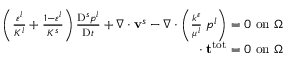
\begin{array} { r } { \left( \frac { \varepsilon ^ { l } } { K ^ { l } } + \frac { 1 - \varepsilon ^ { l } } { K ^ { s } } \right) \frac { \mathrm { D } ^ { s } p ^ { l } } { \mathrm { D } t } + \nabla \cdot \mathbf { v } ^ { s } - \nabla \cdot \left( \frac { k ^ { \varepsilon } } { \mu ^ { l } } \mathbf { \nabla } p ^ { l } \right) = 0 ~ \mathrm { o n ~ } \Omega } \\ { \mathbf { \nabla } \cdot \mathbf { t } ^ { \mathrm { t o t } } = 0 ~ \mathrm { o n ~ } \Omega } \end{array}